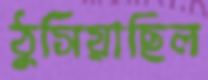
ঠুসিয়াছিল